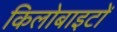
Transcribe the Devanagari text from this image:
किलोबाइटों